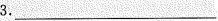
3.___